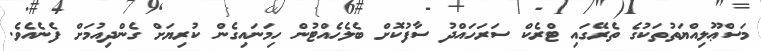
މަސްޢޫލިއްޔަތުތަކުގެ ތެރޭގައި ޓްރެކް ސަރަހައްދު ސާފުކޮށް ބެލެހެއްޓުން ހިމަނައިގެން ކުރިޔަށް ގެންދިއުމަށް ފެނެއެވެ.